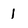
Character: 1